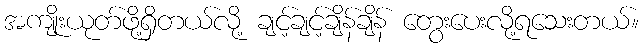
အကျိုးယုတ်ဖို့ရှိတယ်လို့ ချင့်ချင့်ချိန်ချိန် တွေးပေးလို့ရသေးတယ်။